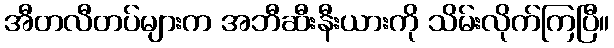
အီတလီတပ်များက အဘီဆီးနီးယားကို သိမ်းလိုက်ကြပြီ။